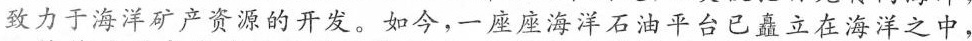
致力于海洋矿产资源的开发。如今，一座座海洋石油平台已矗立在海洋之中，